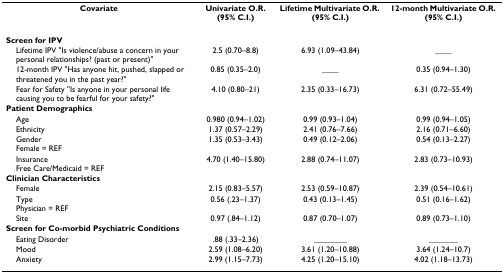
<table><thead><tr><td><b>Covariate</b></td><td><b>Univariate O.R. (95% C.I.)</b></td><td><b>Lifetime Multivariate O.R. (95% C.I.)</b></td><td><b>12-month Multivariate O.R. (95% C.I.)</b></td></tr></thead><tbody><tr><td colspan="4"><b>Screen for IPV</b></td></tr><tr><td> Lifetime IPV &quot;Is violence/abuse a concern in your personal relationships? (past or present)&quot;</td><td>2.5 (0.70–8.8)</td><td>6.93 (1.09–43.84)</td><td>____</td></tr><tr><td> 12-month IPV &quot;Has anyone hit, pushed, slapped or threatened you in the past year?&quot;</td><td>0.85 (0.35–2.0)</td><td>____</td><td>0.35 (0.94–1.30)</td></tr><tr><td> Fear for Safety &quot;Is anyone in your personal life causing you to be fearful for your safety?&quot;</td><td>4.10 (0.80–21)</td><td>2.35 (0.33–16.73)</td><td>6.31 (0.72–55.49)</td></tr><tr><td colspan="4"><b>Patient Demographics</b></td></tr><tr><td> Age</td><td>0.980 (0.94–1.02)</td><td>0.99 (0.93–1.04)</td><td>0.99 (0.94–1.05)</td></tr><tr><td> Ethnicity</td><td>1.37 (0.57–2.29)</td><td>2.41 (0.76–7.66)</td><td>2.16 (0.71–6.60)</td></tr><tr><td> GenderFemale = REF</td><td>1.35 (0.53–3.43)</td><td>0.49 (0.12–2.06)</td><td>0.54 (0.13–2.27)</td></tr><tr><td> InsuranceFree Care/Medicaid = REF</td><td>4.70 (1.40–15.80)</td><td>2.88 (0.74–11.07)</td><td>2.83 (0.73–10.93)</td></tr><tr><td colspan="4"><b>Clinician Characteristics</b></td></tr><tr><td> Female</td><td>2.15 (0.83–5.57)</td><td>2.53 (0.59–10.87)</td><td>2.39 (0.54–10.61)</td></tr><tr><td> TypePhysician = REF</td><td>0.56 (.23–1.37)</td><td>0.43 (0.13–1.45)</td><td>0.51 (0.16–1.62)</td></tr><tr><td> Site</td><td>0.97 (.84–1.12)</td><td>0.87 (0.70–1.07)</td><td>0.89 (0.73–1.10)</td></tr><tr><td colspan="4"><b>Screen for Co-morbid Psychiatric Conditions</b></td></tr><tr><td> Eating Disorder</td><td>.88 (.33–2.36)</td><td>________</td><td>_______</td></tr><tr><td> Mood</td><td>2.59 (1.08–6.20)</td><td>3.61 (1.20–10.88)</td><td>3.64 (1.24–10.7)</td></tr><tr><td> Anxiety</td><td>2.99 (1.15–7.73)</td><td>4.25 (1.20–15.10)</td><td>4.02 (1.18–13.73)</td></tr></tbody></table>